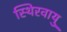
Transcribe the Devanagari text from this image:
स्थिरवायु